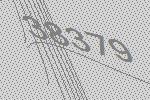
38379